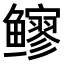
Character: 𫚬